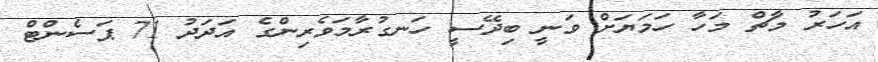
އަހަރު މާޗް މަހާ ހަމަޔަށް ވަނީ ބިދޭސީ ހަނގުރާމަވެރިންގެ އަދަދު 71 ޕަސެންޓް